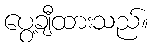
ပွေ့ချီထားသည်။